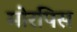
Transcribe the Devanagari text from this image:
मोरपिस